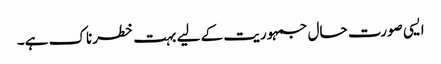
ایسی صورت حال جمہوریت کے لیے بہت خطرناک ہے۔